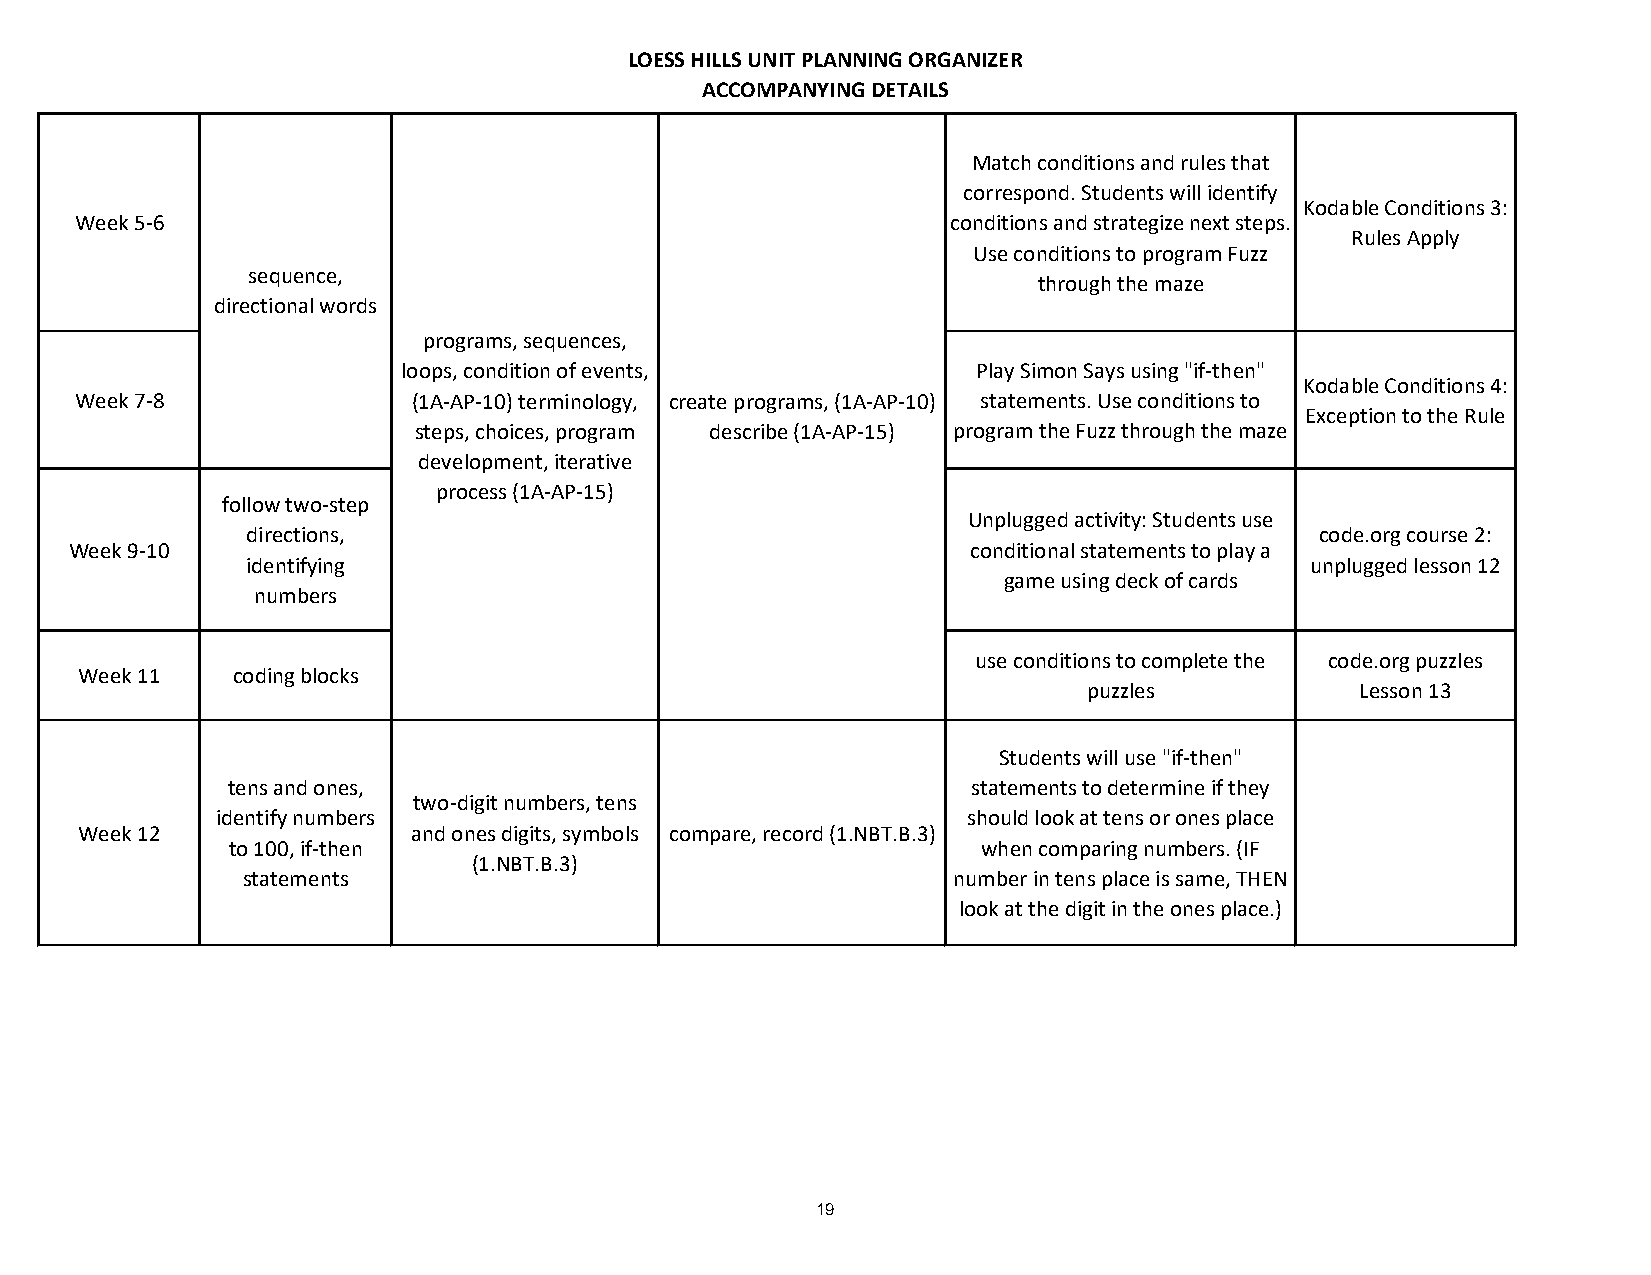
LOESS HILLS UNIT PLANNING ORGANIZER
 ACCOMPANYING DETAILS
 Match conditions and rules that
 correspond. Students will identify
 Kodable Conditions 3:
 Week 5-6                                                  conditions and strategize next steps.
 Rules Apply
 Use conditions to program Fuzz
 sequence,
 through the maze
 directional words
 programs, sequences,
 loops, condition of events,           Play Simon Says using "if-then"
 Kodable Conditions 4:
 Week 7-8              (1A-AP-10) terminology, create programs, (1A-AP-10) statements. Use conditions to
 Exception to the Rule
 steps, choices, program describe (1A-AP-15) program the Fuzz through the maze
 development, iterative
 process (1A-AP-15)
 follow two-step
 Unplugged activity: Students use
 directions,                                                            code.org course 2:
 Week 9-10                                                  conditional statements to play a
 identifying                                                            unplugged lesson 12
 game using deck of cards
 numbers
 use conditions to complete the code.org puzzles
 Week 11   coding blocks
 puzzles           Lesson 13
 Students will use "if-then"
 tens and ones,                                   statements to determine if they
 two-digit numbers, tens
 identify numbers                                  should look at tens or ones place
 Week 12               and ones digits, symbols compare, record (1.NBT.B.3)
 to 100, if-then                                   when comparing numbers. (IF
 (1.NBT.B.3)
 statements                                     number in tens place is same, THEN
 look at the digit in the ones place.)
 19